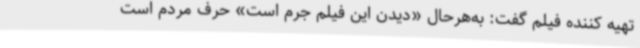
تهیه کننده فیلم گفت: به‌هرحال «دیدن این فیلم جرم است» حرف مردم است